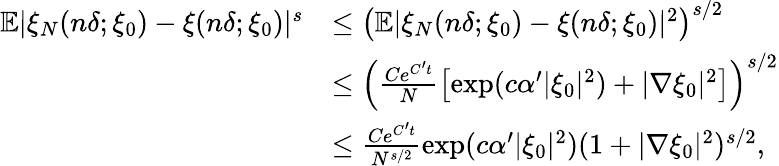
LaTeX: \begin{array}{rl}{\mathbb{E}|\xi_{N}(n\delta;\xi_{0})-\xi(n\delta;\xi_{0})|^{s}}&{\leq\left(\mathbb{E}|\xi_{N}(n\delta;\xi_{0})-\xi(n\delta;\xi_{0})|^{2}\right)^{s/2}}\\ &{\leq\left(\frac{Ce^{C^{\prime}t}}{N}\left[\exp(c\alpha^{\prime}|\xi_{0}|^{2})+|\nabla\xi_{0}|^{2}\right]\right)^{s/2}}\\ &{\leq\frac{Ce^{C^{\prime}t}}{N^{s/2}}\exp(c\alpha^{\prime}|\xi_{0}|^{2})(1+|\nabla\xi_{0}|^{2})^{s/2},}\end{array}